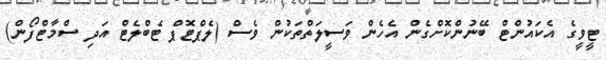
ޓީވީގެ އެކައުންޓް ބޭނުންކޮށްގެން އެހެން ވަސީލަތްތަކުން ވެސް (ލެޕްޓޮޕް ޓެބްލެޓް އަދި ސްމާޓްފޯން)